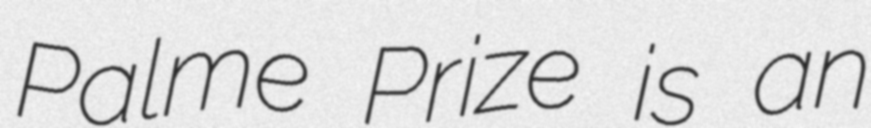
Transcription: Palme Prize is an